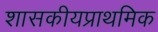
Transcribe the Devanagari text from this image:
शासकीयप्राथमिक